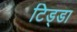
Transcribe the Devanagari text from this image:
टिड्डा